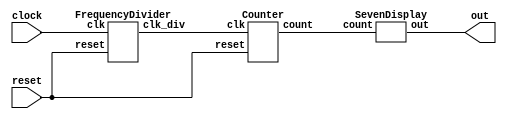
module lab6(clock, reset, out);
    input clock;
    input reset;
    output [6:0] out;
    wire clock_div;
	 wire [3:0]count;
    FrequencyDivider u_FreqDiv(.clk(clock), .reset(reset), .clk_div(clock_div));
    Counter u_counter(.clk(clock_div), .reset(reset), .count(count));
    SevenDisplay i_display(.count(count), .out(out));
endmodule

module FrequencyDivider(
    input clk,
    input reset,
    output reg clk_div
);
// 50 MHz to 1 Hz
    reg [25:0] inner_counter;
    always @(posedge clk or negedge reset) begin
        if(!reset) begin
           inner_counter <= 0;
           clk_div <= 1'b0;
        end
        else if(inner_counter == 26'd50000000) begin
            inner_counter <= 0;
            clk_div <= 1'b1; 
        end 
        else begin
            inner_counter <= inner_counter + 1;
            clk_div <= 1'b0;
       end 
    end
endmodule

module Counter(
    input clk,
    input reset,
    output reg [3:0] count
);
    always @(posedge clk or negedge reset) begin
        if (!reset) begin
            count <= 0;
        end
        else if (count == 4'd15)begin
           count <= 0; 
        end
        else begin
            count <= count + 1;
        end
    end
endmodule

module SevenDisplay(
    input [3:0] count,
    output reg [6:0] out
);
    always@(count) begin
        case(count)
            4'd0:begin
                out = 7'b1000000;
            end
            4'd1:begin
                out = 7'b1111001;
            end
            4'd2:begin
                out = 7'b0100100;
            end
            4'd3:begin
                out = 7'b0110000;
            end
            4'd4:begin
                out = 7'b0011001;
            end
            4'd5:begin
                out = 7'b0010010;
            end
            4'd6:begin
                out = 7'b0000010;
            end
            4'd7:begin
                out = 7'b1111000;
            end
            4'd8:begin
                out = 7'b0000000;
            end
            4'd9:begin
                out = 7'b0010000;
            end
            4'd10:begin
                out = 7'b0001000;
            end
            4'd11:begin
                out = 7'b0000011;
            end
            4'd12:begin
                out = 7'b1000110;
            end
            4'd13:begin
                out = 7'b0100001;
            end
            4'd14:begin
                out = 7'b0000110;
            end
            4'd15:begin
                out = 7'b0001110;
            end
            default:begin
                out = 7'b1111111;
            end
        endcase
    end
endmodule